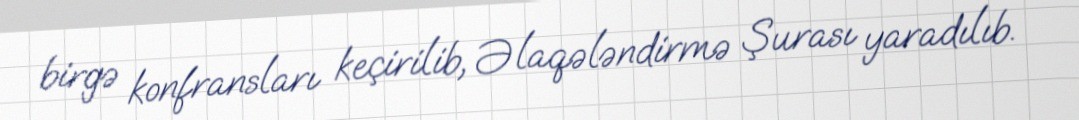
birgə konfransları keçirilib, Əlaqələndirmə Şurası yaradılıb.